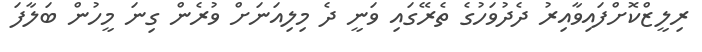
ރިލީޒްކޮށްފައިވާއިރު ދެދުވަހުގެ ތެރޭގައި ވަނީ ދެ މިލިއަނަށް ވުރެން ގިނަ މީހުން ބަލާފަ